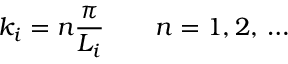
k _ { i } = n \frac { \pi } { L _ { i } } \qquad n = 1 , 2 , \, \dots